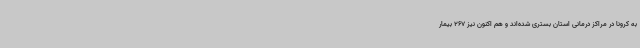
به کرونا در مراکز درمانی استان بستری شده‌اند و هم اکنون نیز 267 بیمار